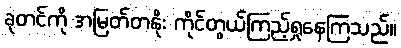
ခုတင်ကို အမြတ်တနိုး ကိုင်တွယ်ကြည့်ရှုနေကြသည်။